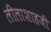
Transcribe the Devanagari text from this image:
लीलाशाहजी